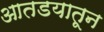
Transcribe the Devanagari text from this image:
आतडयातून